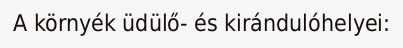
A környék üdülő- és kirándulóhelyei: